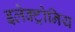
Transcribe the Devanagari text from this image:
इलेक्ट्रोनिय